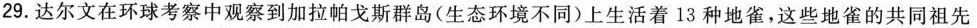
29.达尔文在环球考察中观察到加拉帕戈斯群岛(生态环境不同)上生活着13种地雀，这些地雀的共同祖先